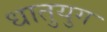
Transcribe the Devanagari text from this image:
धातुयुग